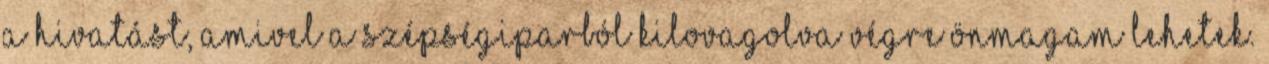
a hivatást, amivel a szépségiparból kilovagolva végre önmagam lehetek.